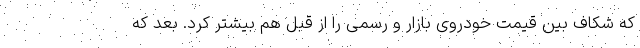
که شکاف بین قیمت خودروی بازار و رسمی را از قبل هم بیشتر کرد. بعد که